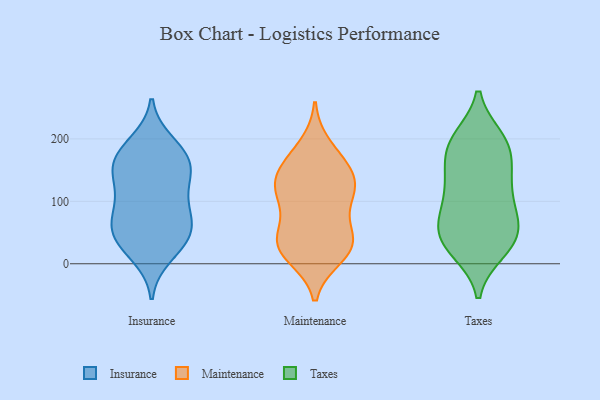
{"axis": {"x": "Churn Rate (%)", "y": "Value"}, "legend": ["Insurance", "Maintenance", "Taxes"], "data": [{"x": "", "y": 49, "type": "Insurance"}, {"x": "", "y": 13, "type": "Insurance"}, {"x": "", "y": 51, "type": "Insurance"}, {"x": "", "y": 154, "type": "Insurance"}, {"x": "", "y": 150, "type": "Insurance"}, {"x": "", "y": 51, "type": "Insurance"}, {"x": "", "y": 161, "type": "Insurance"}, {"x": "", "y": 174, "type": "Insurance"}, {"x": "", "y": 98, "type": "Insurance"}, {"x": "", "y": 185, "type": "Insurance"}, {"x": "", "y": 76, "type": "Insurance"}, {"x": "", "y": 150, "type": "Insurance"}, {"x": "", "y": 26, "type": "Insurance"}, {"x": "", "y": 105, "type": "Insurance"}, {"x": "", "y": 128, "type": "Insurance"}, {"x": "", "y": 78, "type": "Insurance"}, {"x": "", "y": 44, "type": "Insurance"}, {"x": "", "y": 194, "type": "Insurance"}, {"x": "", "y": 33, "type": "Maintenance"}, {"x": "", "y": 99, "type": "Maintenance"}, {"x": "", "y": 58, "type": "Maintenance"}, {"x": "", "y": 20, "type": "Maintenance"}, {"x": "", "y": 36, "type": "Maintenance"}, {"x": "", "y": 160, "type": "Maintenance"}, {"x": "", "y": 122, "type": "Maintenance"}, {"x": "", "y": 146, "type": "Maintenance"}, {"x": "", "y": 12, "type": "Maintenance"}, {"x": "", "y": 113, "type": "Maintenance"}, {"x": "", "y": 159, "type": "Maintenance"}, {"x": "", "y": 119, "type": "Maintenance"}, {"x": "", "y": 122, "type": "Maintenance"}, {"x": "", "y": 188, "type": "Maintenance"}, {"x": "", "y": 25, "type": "Maintenance"}, {"x": "", "y": 41, "type": "Maintenance"}, {"x": "", "y": 130, "type": "Taxes"}, {"x": "", "y": 38, "type": "Taxes"}, {"x": "", "y": 58, "type": "Taxes"}, {"x": "", "y": 25, "type": "Taxes"}, {"x": "", "y": 198, "type": "Taxes"}, {"x": "", "y": 176, "type": "Taxes"}, {"x": "", "y": 153, "type": "Taxes"}, {"x": "", "y": 82, "type": "Taxes"}, {"x": "", "y": 195, "type": "Taxes"}, {"x": "", "y": 79, "type": "Taxes"}, {"x": "", "y": 54, "type": "Taxes"}, {"x": "", "y": 141, "type": "Taxes"}, {"x": "", "y": 190, "type": "Taxes"}, {"x": "", "y": 121, "type": "Taxes"}, {"x": "", "y": 21, "type": "Taxes"}, {"x": "", "y": 29, "type": "Taxes"}, {"x": "", "y": 100, "type": "Taxes"}, {"x": "", "y": 200, "type": "Taxes"}, {"x": "", "y": 53, "type": "Taxes"}]}